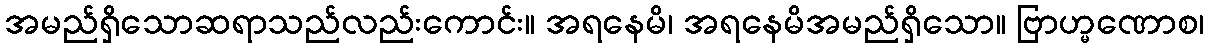
အမည်ရှိသောဆရာသည်လည်းကောင်း။ အရနေမိ၊ အရနေမိအမည်ရှိသော။ ဗြာဟ္မဏောစ၊